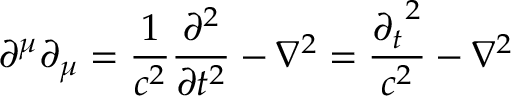
\partial ^ { \mu } \partial _ { \mu } = { \frac { 1 } { c ^ { 2 } } } { \frac { \partial ^ { 2 } } { \partial t ^ { 2 } } } - \nabla ^ { 2 } = { \frac { { \partial _ { t } } ^ { 2 } } { c ^ { 2 } } } - \nabla ^ { 2 }